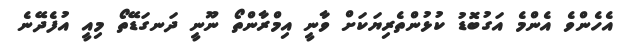
އެހެންވެ އެންމެ އަގުބޮޑު ކުޅުންތެރިޔަކަށް ވާނީ އިމްރާންތޯ ނޫނީ ދަނގަޑޭތޯ މިއީ އުފެދޭނެ